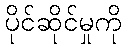
ပိုင်ဆိုင်မှုကို